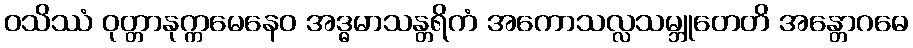
ဝသိဿံ ဝုတ္တာနုက္ကမေနေဝ အဒ္ဓမာသန္တရိကံ အကောသလ္လသမ္ဘူတေတိ အန္တောဂဓေ